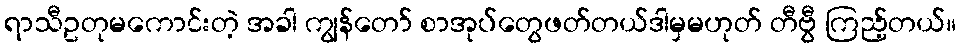
ရာသီဥတုမကောင်းတဲ့ အခါ ကျွန်တော် စာအုပ်တွေဖတ်တယ်ဒါမှမဟုတ် တီဗွီ ကြည့်တယ်။